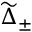
\widetilde { \Delta } _ { \pm }